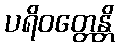
ပရိဝတ္တေန္တိ